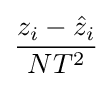
{\frac {z_{i}-{\hat {z}}_{i}}{NT^{2}}}